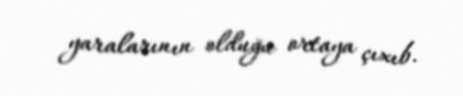
yaralarının olduğu ortaya çıxıb.